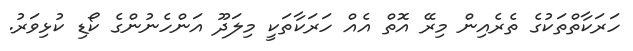
ހަރަކާތްތަކުގެ ތެރެއިން މިރޭ އޮތް އެއް ހަރަކާތަކީ މިލަދޫ އަންހެނުންގެ ކޯޑި ކުޅިވަރު.